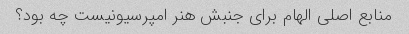
منابع اصلی الهام برای جنبش هنر امپرسیونیست چه بود؟